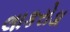
લાકરોડા